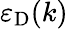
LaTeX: \varepsilon_{\mathrm{D}}(k)